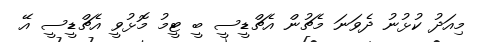
މިއަދު ކުޅުނު ދެވަނަ މެޗުން އެޗްޑީސީ ބީ ޓީމު މޮޅުވީ އެޗްޑީސީ އޭ